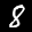
Label: 8